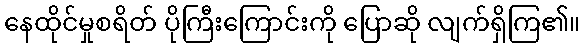
နေထိုင်မှုစရိတ် ပိုကြီးကြောင်းကို ပြောဆို လျက်ရှိကြ၏။